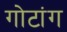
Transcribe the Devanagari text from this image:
गोटांग